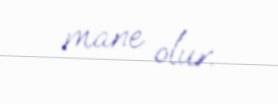
mane olur.